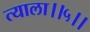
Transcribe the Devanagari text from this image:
त्याला।।५।।